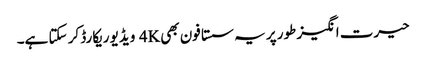
حیرت انگیز طور پر یہ سستا فون بھی 4K ویڈیو ریکارڈ کر سکتا ہے۔